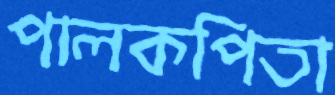
পালকপিতা